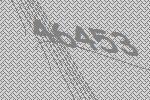
46453